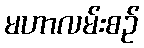
မဟာလမ်းစဉ်